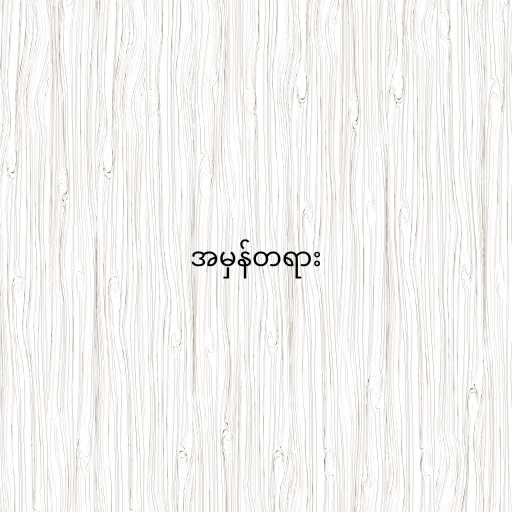
အမှန်တရား